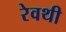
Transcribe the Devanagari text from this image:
रेवथी